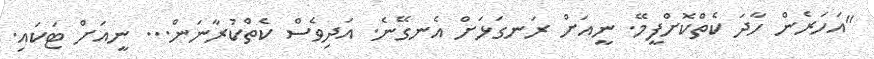
"އަހަރެން ހާދަ ކެތްކޮށްފީމޭ. ނީއަށް ރަނގަޅަށް އެނގޭނެ. އަދިވެސް ކެތްކުރާނަން... ނީއަށް ޓަކައި.